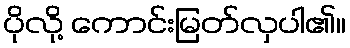
ပိုလို့ ကောင်းမြတ်လှပါ၏။